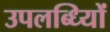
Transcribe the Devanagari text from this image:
उपलब्ध्यिों